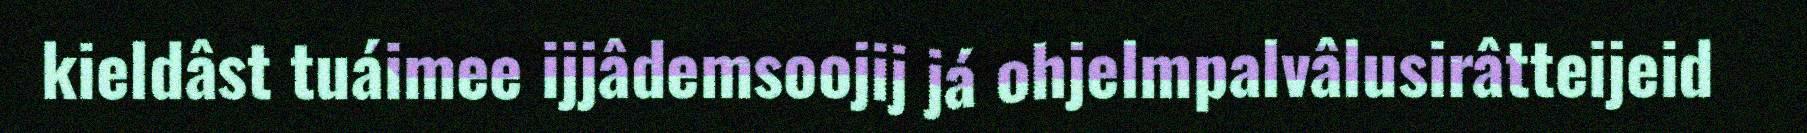
kieldâst tuáimee ijjâdemsoojij já ohjelmpalvâlusirâtteijeid